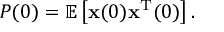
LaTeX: P ( 0 ) = \mathbb { E } \left[ { \mathbf { x } } ( 0 ) { \mathbf { x } } ^ { \mathrm { T } } ( 0 ) \right] .